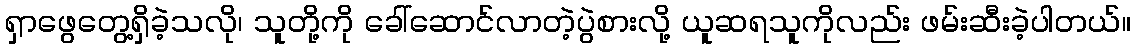
ရှာဖွေတွေ့ရှိခဲ့သလို၊ သူတို့ကို ခေါ်ဆောင်လာတဲ့ပွဲစားလို့ ယူဆရသူကိုလည်း ဖမ်းဆီးခဲ့ပါတယ်။